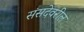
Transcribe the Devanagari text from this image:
संसदेवरील